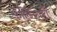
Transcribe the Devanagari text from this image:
ऐल्गिनेटों